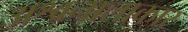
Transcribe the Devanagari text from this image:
अश्वनालाकार